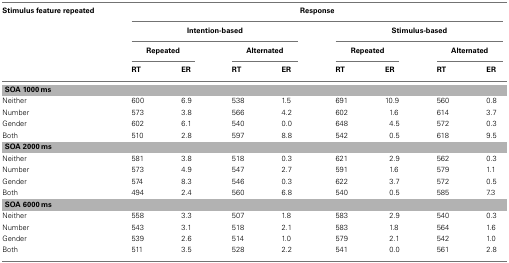
| Stimulus feature repeated | <COLSPAN=8> Response |
 |  | <COLSPAN=4> Intention-based | <COLSPAN=4> Stimulus-based |
 |  | <COLSPAN=2> Repeated | <COLSPAN=2> Alternated | <COLSPAN=2> Repeated | <COLSPAN=2> Alternated |
 |  | RT | ER | RT | ER | RT | ER | RT | ER |
 | --- | --- | --- | --- | --- | --- | --- | --- | --- |
 | <COLSPAN=9> SOA 1000 ms |
 | Neither | 600 | 6.9 | 538 | 1.5 | 691 | 10.9 | 560 | 0.8 |
 | Number | 573 | 3.8 | 566 | 4.2 | 602 | 1.6 | 614 | 3.7 |
 | Gender | 602 | 6.1 | 540 | 0.0 | 648 | 4.5 | 572 | 0.3 |
 | Both | 510 | 2.8 | 597 | 8.8 | 542 | 0.5 | 618 | 9.5 |
 | <COLSPAN=9> SOA 2000 ms |
 | Neither | 581 | 3.8 | 518 | 0.3 | 621 | 2.9 | 562 | 0.3 |
 | Number | 573 | 4.9 | 547 | 2.7 | 591 | 1.6 | 579 | 1.1 |
 | Gender | 574 | 8.3 | 546 | 0.3 | 622 | 3.7 | 572 | 0.5 |
 | Both | 494 | 2.4 | 560 | 6.8 | 540 | 0.5 | 585 | 7.3 |
 | <COLSPAN=9> SOA 6000 ms |
 | Neither | 558 | 3.3 | 507 | 1.8 | 583 | 2.9 | 540 | 0.3 |
 | Number | 543 | 3.1 | 518 | 2.1 | 583 | 1.8 | 564 | 1.6 |
 | Gender | 539 | 2.6 | 514 | 1.0 | 579 | 2.1 | 542 | 1.0 |
 | Both | 511 | 3.5 | 528 | 2.2 | 541 | 0.0 | 561 | 2.8 |